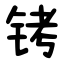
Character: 铐